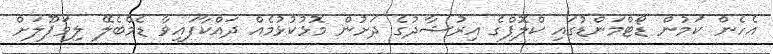
އެހެން ކަމުން ޑޯޓްމަންޑުގައި ކްލޮޕްގެ އިރުޝާދުގެ ދަށުން މޮޅުކުޅުމެއް ދައްކާފައިވާ ޑެމްބެލޭ ލިވަޕޫލަށް